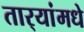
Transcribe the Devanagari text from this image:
तार्‍यांमधे